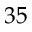
3 5